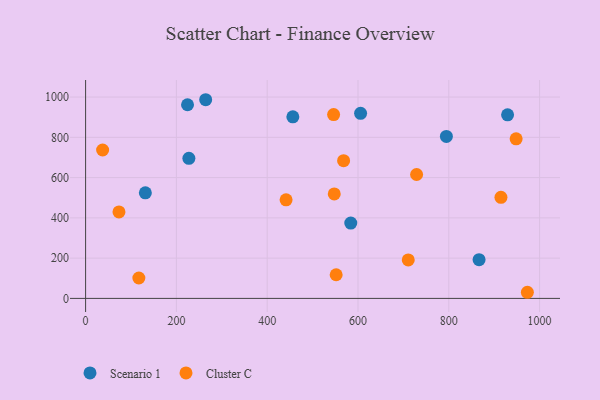
{"axis": {"x": "Ad Spend", "y": "Fuel Efficiency"}, "legend": ["Cluster C", "Scenario 1"], "data": [{"x": "456.5", "y": 902.0, "type": "Scenario 1"}, {"x": "929.5", "y": 911.6, "type": "Scenario 1"}, {"x": "224.5", "y": 961.9, "type": "Scenario 1"}, {"x": "131.6", "y": 524.6, "type": "Scenario 1"}, {"x": "866.7", "y": 192.1, "type": "Scenario 1"}, {"x": "584.1", "y": 374.2, "type": "Scenario 1"}, {"x": "264.5", "y": 986.8, "type": "Scenario 1"}, {"x": "227.5", "y": 695.8, "type": "Scenario 1"}, {"x": "794.7", "y": 804.6, "type": "Scenario 1"}, {"x": "605.7", "y": 919.3, "type": "Scenario 1"}, {"x": "729.1", "y": 615.5, "type": "Cluster C"}, {"x": "568.3", "y": 683.9, "type": "Cluster C"}, {"x": "551.9", "y": 117.4, "type": "Cluster C"}, {"x": "441.6", "y": 489.4, "type": "Cluster C"}, {"x": "73.5", "y": 429.4, "type": "Cluster C"}, {"x": "547.7", "y": 519.1, "type": "Cluster C"}, {"x": "117.3", "y": 101.4, "type": "Cluster C"}, {"x": "546.3", "y": 912.9, "type": "Cluster C"}, {"x": "914.9", "y": 502.0, "type": "Cluster C"}, {"x": "973.1", "y": 30.4, "type": "Cluster C"}, {"x": "37.5", "y": 737.1, "type": "Cluster C"}, {"x": "948.3", "y": 792.4, "type": "Cluster C"}, {"x": "710.7", "y": 191.0, "type": "Cluster C"}]}